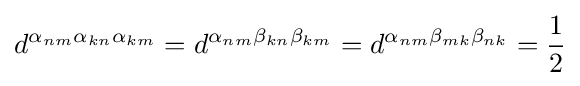
d^{\alpha _{nm}\alpha _{kn}\alpha _{km}}=d^{\alpha _{nm}\beta _{kn}\beta _{km}}=d^{\alpha _{nm}\beta _{mk}\beta _{nk}}={\frac {1}{2}}